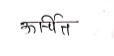
मजकूर: ऊर्चित